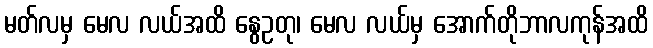
မတ်လမှ မေလ လယ်အထိ နွေဥတု၊ မေလ လယ်မှ အောက်တိုဘာလကုန်အထိ